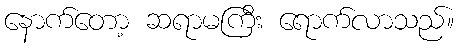
နောက်တော့ ဆရာမကြီး ရောက်လာသည်။